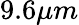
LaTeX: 9.6\mu m